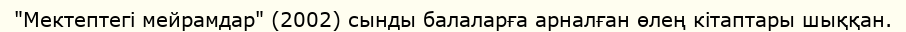
"Мектептегі мейрамдар" (2002) сынды балаларға арналған өлең кітаптары шыққан.